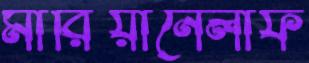
মারিয়ানেলাফ